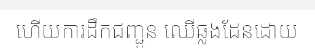
ហើយការដឹកជញ្ជូន ឈើឆ្លងដែនដោយ